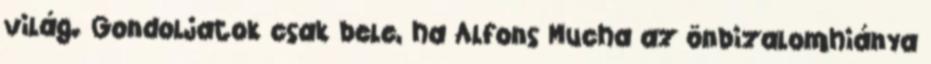
világ. Gondoljatok csak bele, ha Alfons Mucha az önbizalomhiánya